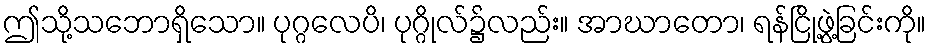
ဤသို့သဘောရှိသော။ ပုဂ္ဂလေပိ၊ ပုဂ္ဂိုလ်၌လည်း။ အာဃာတော၊ ရန်ငြို့ဖွဲ့ခြင်းကို။